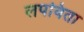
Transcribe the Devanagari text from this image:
लपविता